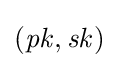
({\mathit {pk}},{\mathit {sk}})